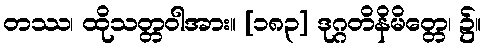
တဿ၊ ထိုသတ္တဝါအား။ [၁၈၃] ဒုဂ္ဂတိနိမိတ္တေ၊ ၌။